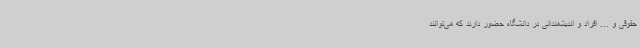
حقوقی و ... افراد و اندیشمندانی در دانشگاه حضور دارند که می‌توانند